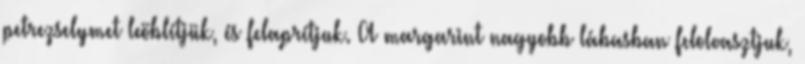
petrezselymet leöblítjük, és felaprítjuk. A margarint nagyobb lábasban felolvasztjuk,